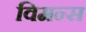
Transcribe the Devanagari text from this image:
विमन्स